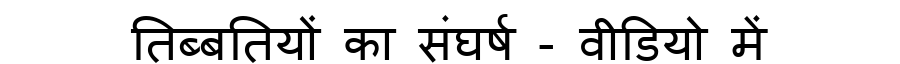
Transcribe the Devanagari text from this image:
तिब्बतियों का संघर्ष - वीडियो में